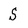
Character: S